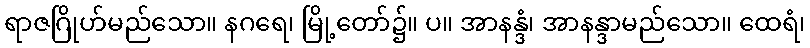
ရာဇဂြိုဟ်မည်သော။ နဂရေ၊ မြို့တော်၌။ ပ။ အာနန္ဒံ၊ အာနန္ဒာမည်သော။ ထေရံ၊